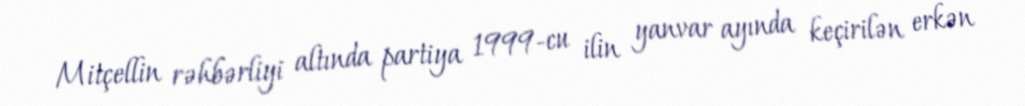
Mitçellin rəhbərliyi altında partiya 1999-cu ilin yanvar ayında keçirilən erkən